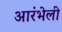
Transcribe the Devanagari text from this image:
आरंभेली